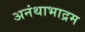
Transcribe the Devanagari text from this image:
अनंथाभाद्रम